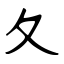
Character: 夂